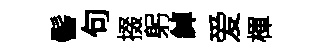
髻句掇躬綽爱楎